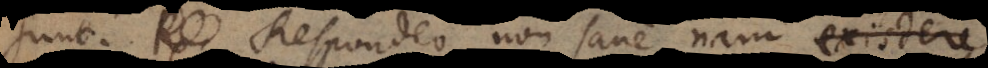
sunt.Respondeo non sane nam existere